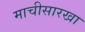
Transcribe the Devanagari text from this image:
माचीसारखा